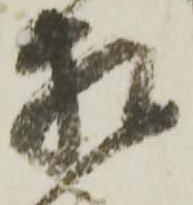
相